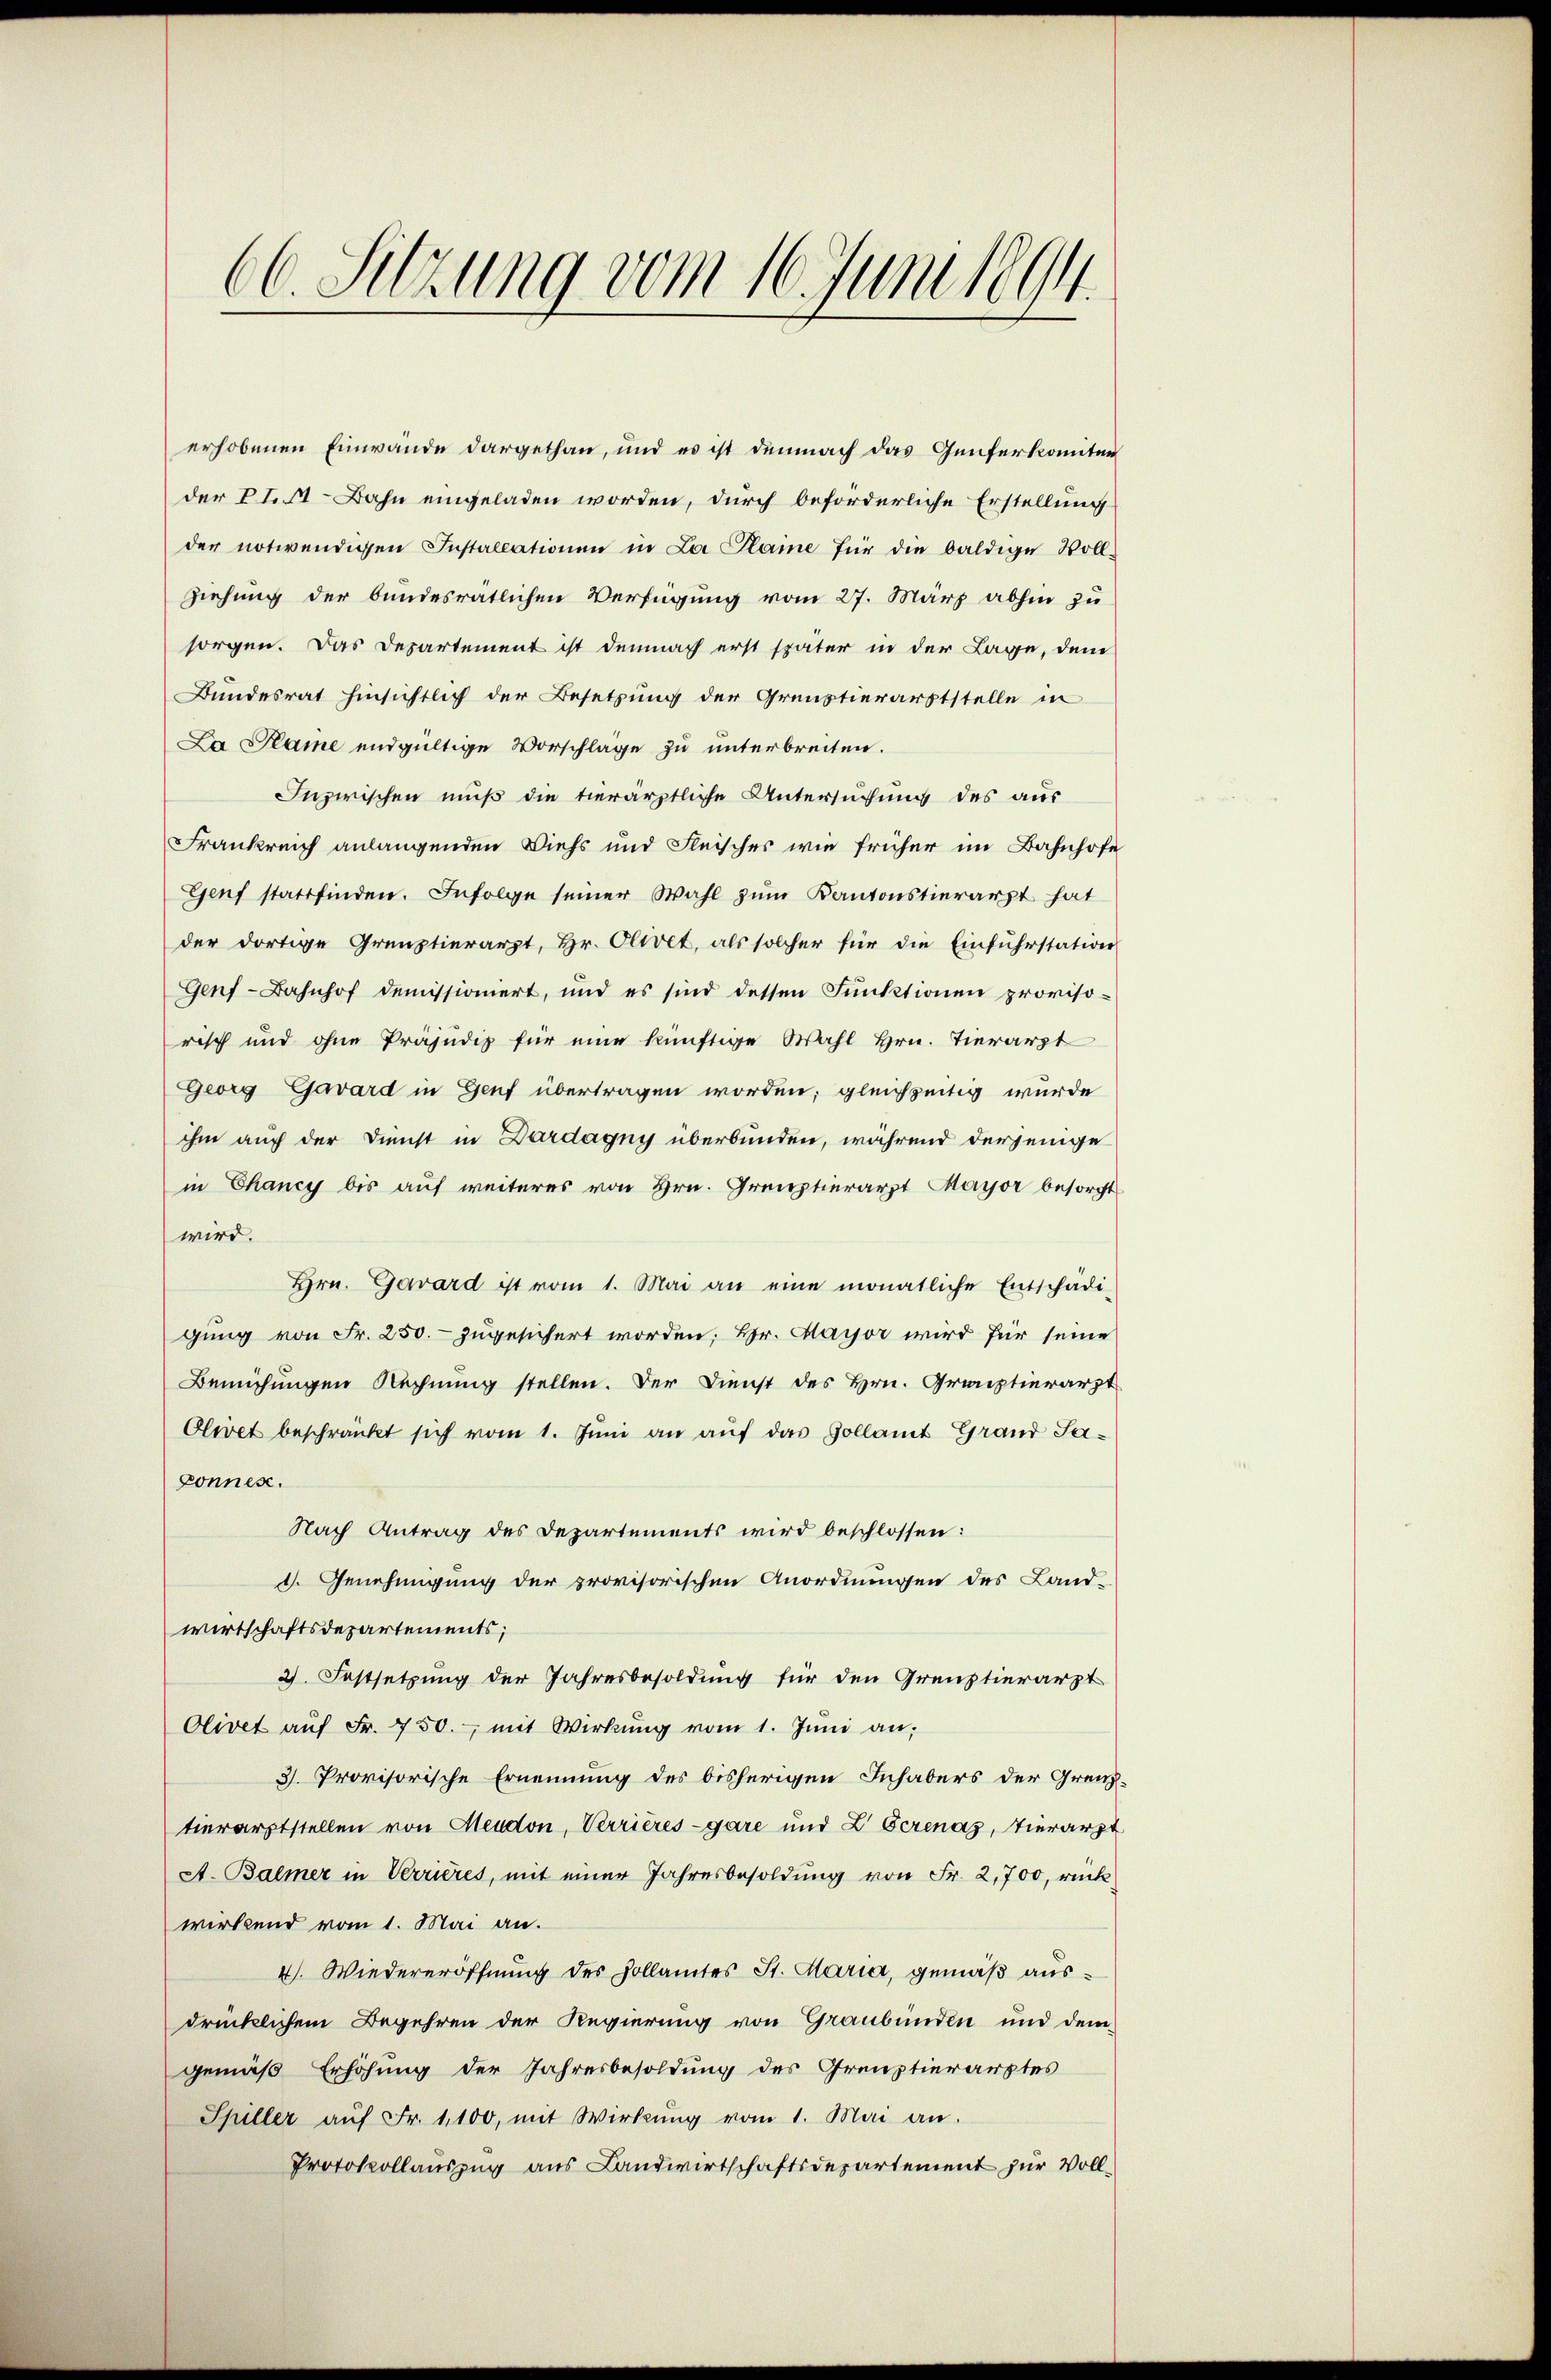
66. Sitzung vom 16. Juni 1894.

erhobenen Einwande dargethan, und es ist demnach das Genferkomitee
der II. A. Bahn eingeladen worden, durch beförderliche Erstellung
der notwendigen Installationen in La Plame für die baldige Voll-
ziehung der bundesrätlichen Verfügung vom 27. März abhin zu
sorgen. Das Departement ist demnach erst später in der Lage, dem
Bundesrat hinsichtlich der Besetzung der Grünstierarztstelle in
La Plane endgültige Vorschläge zu unterbreiten.
Inzwischen muß die tierärztliche Untersuchung des aus
Frankreich anlangenden Viehs und Fleischer wie früher im Bahnhofe
Genf stattfinden. Infolge seiner Wahl zum Kantonstierarzt hat
der dortige Grenztierarzt, Hr. Olivet, als solcher für die Einfuhrstation
Genf-Bahnhof demissioniert, und es sind dessen Funktionen proviso-
risch und ohne Präjudiz für eine künftige Wahl Hrn. Tierarzt
Georg Gavard in Genf übertragen worden; gleichzeitig wurde
ihm auch der Dienst in Dardagny überbunden, während derjenige
in Chancy bis auf weiteres von Hrn. Greptierarzt Mayor besorgt
wird.
Hrn. Gavard ist vom 1. Mai an eine monatliche Entschädi-
gung von Fr. 250. zugesichert worden; Hr. Mayor wird für seine
Bemühungen Rechnung stellen. Der Dienst des Hrn. Grauptierarzt
Olivet beschränkt sich vom 1. Jŭni an auf das Zollamt Grand Saponnes.
Nach Antrag des Departements wird beschlossen:
d. Genehmigung der provisorischen Anordnungen des Land-
wirtschaftsdepartements;
2. Festsetzung der Jahresbesoldung für den Grenztierarzt
Olivet aŭf Fr. 750. mit Wirkŭng vom 1. Jŭni an:
3. Provisorische Ernennung des bisherigen Inhabers der Grenztierarztstellen von Meudon, Verrieres-gare und Z Gcrenaz, Tierarzt
A. Balmer in Verrieres, mit einer Jahresbesoldŭng von Fr. 2,700, rückwirkend vom 1. Mai an.
4. Wiedereröffnung des Hollamtes St. Maria, gemäß ausdrücklichem Begehren der Regierung von Graubünden und dem
gemäß Erhöhung der Jahresbesoldung des Greuzstierarztes
Spiller aŭf Fr. 1,100, mit Wirkŭng vom 1. Mai an.
Protokollauszug aus Landwirtschaftsdepartement zur Voll¬